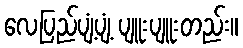
လေပြည်ပျံ့ပျံ့ ပျူးပျူးတည်း။